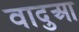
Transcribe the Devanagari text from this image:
वादुआ